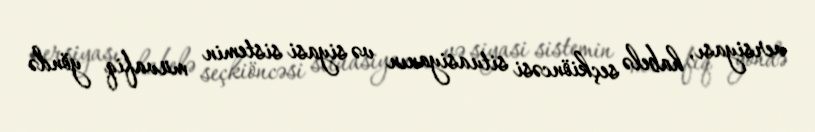
versiyası, habelə seçkiöncəsi situasiyanın və siyasi sistemin müvafiq yöndə